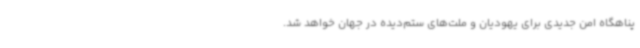
پناهگاه امن جدیدی برای یهودیان و ملت‌های ستم‌دیده در جهان خواهد شد.